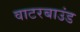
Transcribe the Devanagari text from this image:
वाटरबाउंड